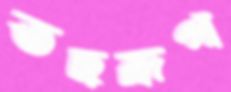
তছরূপ